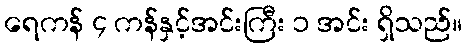
ရေကန် ၄ ကန်နှင့်အင်းကြီး ၁ အင်း ရှိသည်။